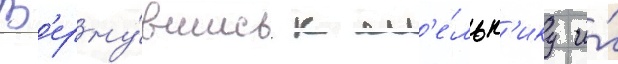
В'ерну́вшись к м'е́льн'ику и́